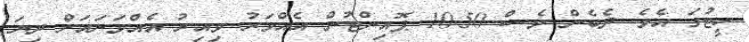
ހީޓުގަ އެވެ. ދެބެން ވެސް 10.50 ޕޮއިންޓުން އެއްވަރު ވިއިރު އެއްވަނައަށް ދިޔަ